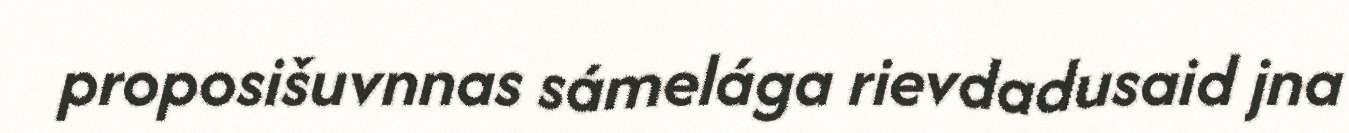
proposišuvnnas sámelága rievdadusaid jna